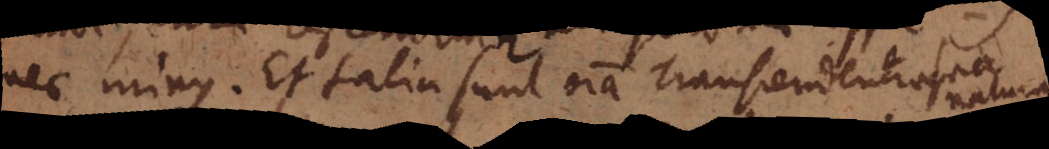
nec minus. Et talia sunt omnia Transcendentia sua natura